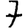
Digit: 7